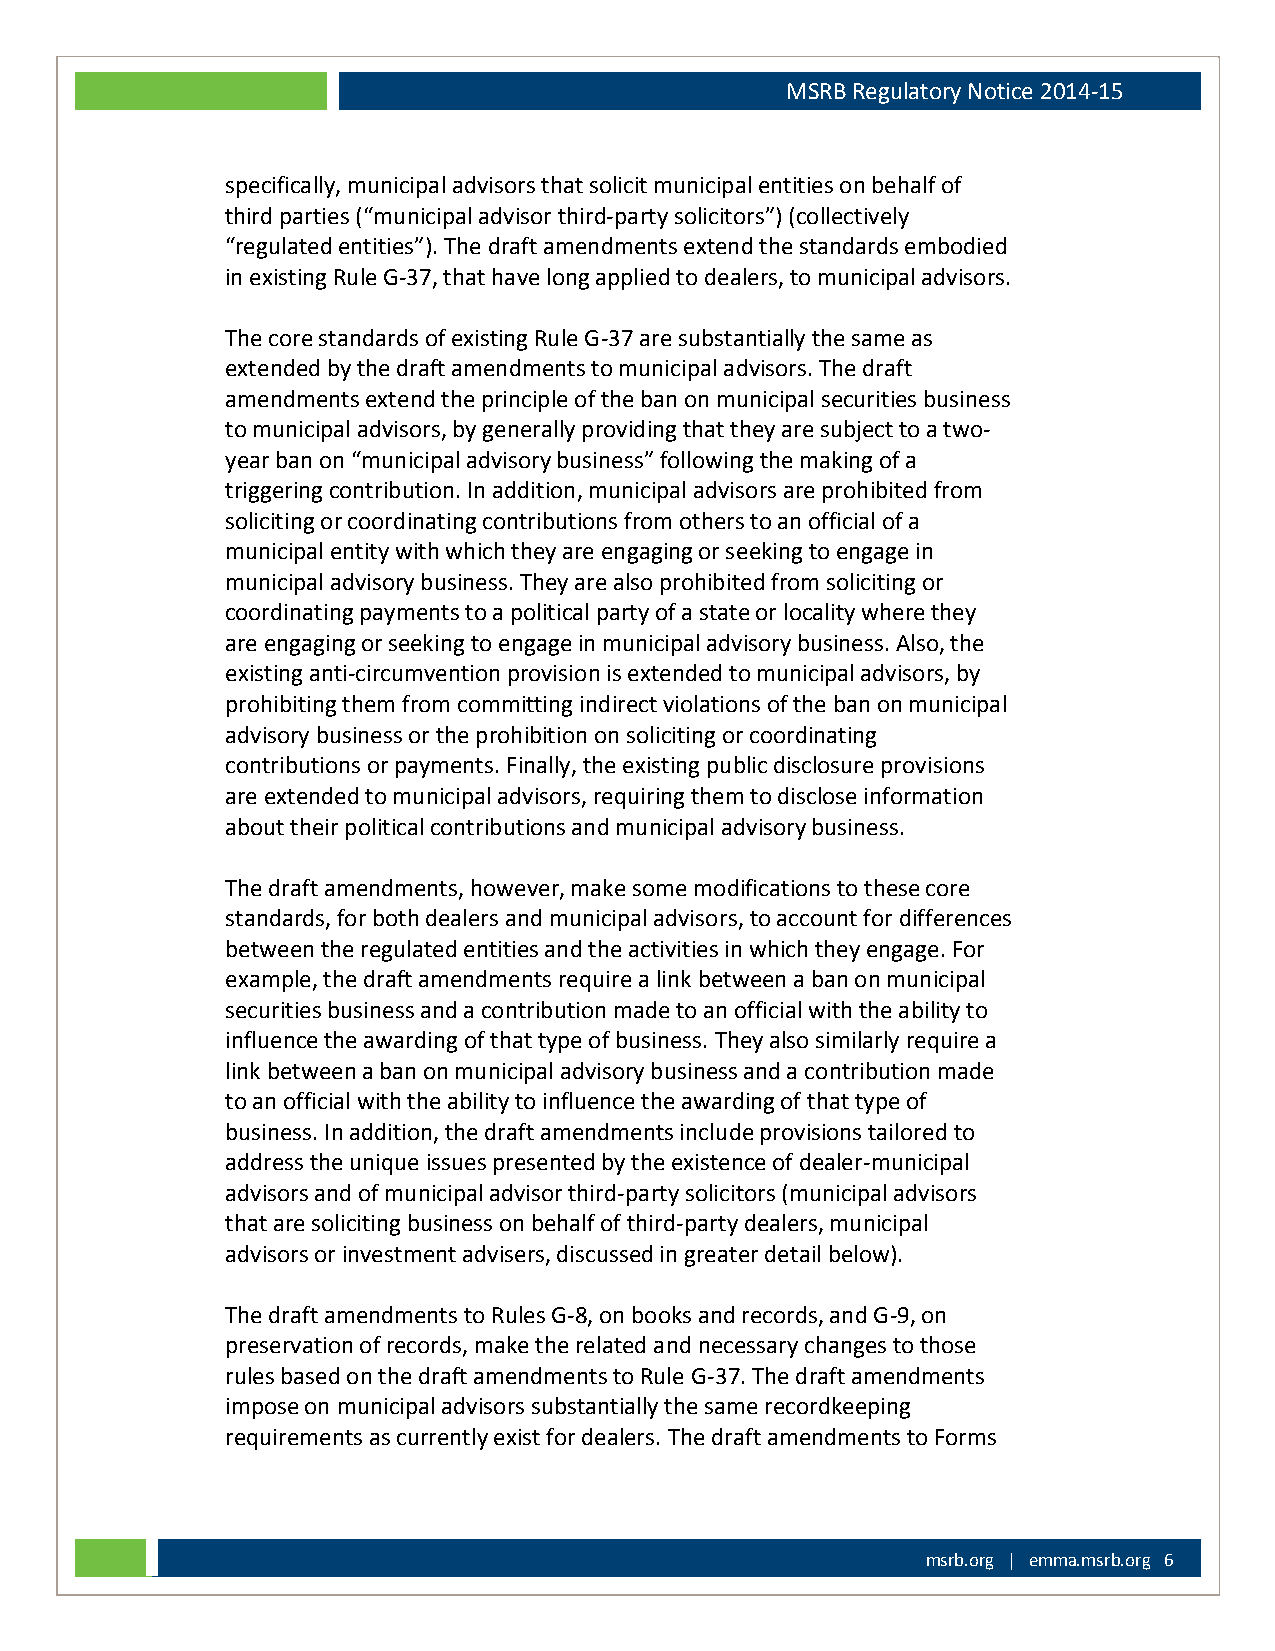
MSRB Regulatory Notice 2014-15
 specifically, municipal advisors that solicit municipal entities on behalf of
 third parties (“municipal advisor third-party solicitors”) (collectively
 “regulated entities”). The draft amendments extend the standards embodied
 in existing Rule G-37, that have long applied to dealers, to municipal advisors.
 The core standards of existing Rule G-37 are substantially the same as
 extended by the draft amendments to municipal advisors. The draft
 amendments extend the principle of the ban on municipal securities business
 to municipal advisors, by generally providing that they are subject to a two-
 year ban on “municipal advisory business” following the making of a
 triggering contribution. In addition, municipal advisors are prohibited from
 soliciting or coordinating contributions from others to an official of a
 municipal entity with which they are engaging or seeking to engage in
 municipal advisory business. They are also prohibited from soliciting or
 coordinating payments to a political party of a state or locality where they
 are engaging or seeking to engage in municipal advisory business. Also, the
 existing anti-circumvention provision is extended to municipal advisors, by
 prohibiting them from committing indirect violations of the ban on municipal
 advisory business or the prohibition on soliciting or coordinating
 contributions or payments. Finally, the existing public disclosure provisions
 are extended to municipal advisors, requiring them to disclose information
 about their political contributions and municipal advisory business.
 The draft amendments, however, make some modifications to these core
 standards, for both dealers and municipal advisors, to account for differences
 between the regulated entities and the activities in which they engage. For
 example, the draft amendments require a link between a ban on municipal
 securities business and a contribution made to an official with the ability to
 influence the awarding of that type of business. They also similarly require a
 link between a ban on municipal advisory business and a contribution made
 to an official with the ability to influence the awarding of that type of
 business. In addition, the draft amendments include provisions tailored to
 address the unique issues presented by the existence of dealer-municipal
 advisors and of municipal advisor third-party solicitors (municipal advisors
 that are soliciting business on behalf of third-party dealers, municipal
 advisors or investment advisers, discussed in greater detail below).
 The draft amendments to Rules G-8, on books and records, and G-9, on
 preservation of records, make the related and necessary changes to those
 rules based on the draft amendments to Rule G-37. The draft amendments
 impose on municipal advisors substantially the same recordkeeping
 requirements as currently exist for dealers. The draft amendments to Forms
 msrb.org | emma.msrb.org 6